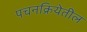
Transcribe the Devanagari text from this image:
पचनक्रियेतील